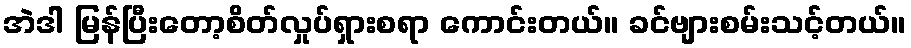
အဲဒါ မြန်ပြီးတော့စိတ်လှုပ်ရှားစရာ ကောင်းတယ်။ ခင်ဗျားစမ်းသင့်တယ်။